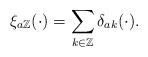
LaTeX: \begin{align*} \xi_{a\mathbb{Z}}(\cdot) = \sum_{k \in \mathbb{Z}} \delta_{ak}(\cdot). \end{align*}